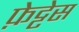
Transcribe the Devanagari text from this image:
फ़ेट्टेस